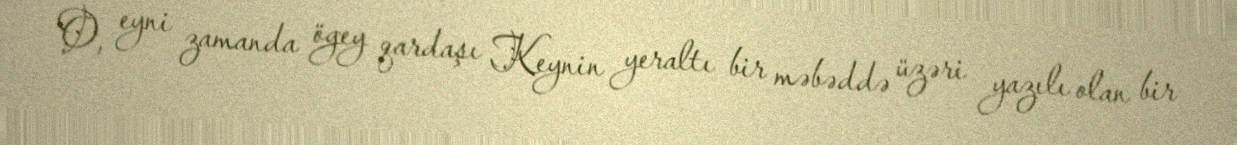
O, eyni zamanda ögey qardaşı Keynin yeraltı bir məbəddə üzəri yazılı olan bir